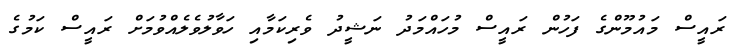
ރައީސް މައުމޫންގެ ފަހުން ރައީސް މުހައްމަދު ނަޝީދު ވެރިކަމާއި ހަވާލުވެލެއްވުމަށް ރައީސް ކަމުގެ